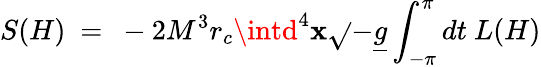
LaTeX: S(H)\ =\ -2M^{3}r_{c}\intd^{4}\mathbf{x}\sqrt{}{{-\underline{{{{g}}}}}}\int_{-\pi}^{\pi}dt\ L(H)